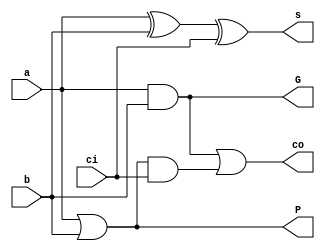
module FullAdder (
    input a,
    input b,
    input ci,
    output wire s,
    output wire co,
    output wire G,
    output wire P
);
    
    assign s = a ^ b ^ ci;
    assign G = a & b;
    assign P = a | b;
    assign co = G | (P & ci);

endmodule